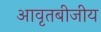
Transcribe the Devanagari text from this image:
आवृतबीजीय